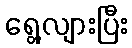
ရွေ့လျားပြီး